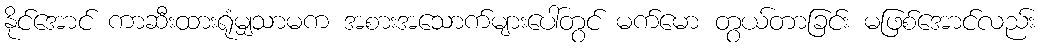
နိုင်အောင် ကာဆီးထားရုံမျှသာမက အစားအသောက်များပေါ်တွင် မက်မော တွယ်တာခြင်း မဖြစ်အောင်လည်း